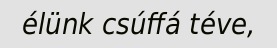
élünk csúffá téve,